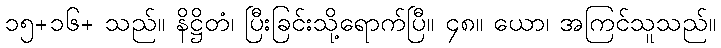
၁၅+၁၆+ သည်။ နိဋ္ဌိတံ၊ ပြီးခြင်းသို့ရောက်ပြီ။ ၄၈။ ယော၊ အကြင်သူသည်။